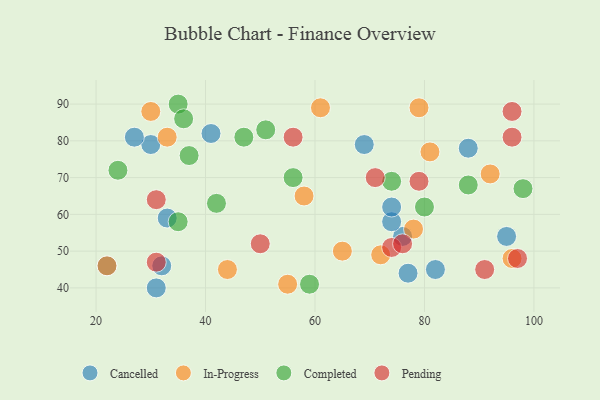
{"axis": {"x": "GDP", "y": "Life Expectancy"}, "legend": ["Cancelled", "Completed", "In-Progress", "Pending"], "data": [{"x": "88", "y": 78, "type": "Cancelled"}, {"x": "41", "y": 82, "type": "Cancelled"}, {"x": "77", "y": 44, "type": "Cancelled"}, {"x": "31", "y": 40, "type": "Cancelled"}, {"x": "76", "y": 54, "type": "Cancelled"}, {"x": "74", "y": 58, "type": "Cancelled"}, {"x": "74", "y": 62, "type": "Cancelled"}, {"x": "69", "y": 79, "type": "Cancelled"}, {"x": "95", "y": 54, "type": "Cancelled"}, {"x": "22", "y": 46, "type": "Cancelled"}, {"x": "32", "y": 46, "type": "Cancelled"}, {"x": "82", "y": 45, "type": "Cancelled"}, {"x": "33", "y": 59, "type": "Cancelled"}, {"x": "30", "y": 79, "type": "Cancelled"}, {"x": "27", "y": 81, "type": "Cancelled"}, {"x": "78", "y": 56, "type": "In-Progress"}, {"x": "55", "y": 41, "type": "In-Progress"}, {"x": "44", "y": 45, "type": "In-Progress"}, {"x": "33", "y": 81, "type": "In-Progress"}, {"x": "65", "y": 50, "type": "In-Progress"}, {"x": "79", "y": 89, "type": "In-Progress"}, {"x": "61", "y": 89, "type": "In-Progress"}, {"x": "72", "y": 49, "type": "In-Progress"}, {"x": "81", "y": 77, "type": "In-Progress"}, {"x": "96", "y": 48, "type": "In-Progress"}, {"x": "58", "y": 65, "type": "In-Progress"}, {"x": "92", "y": 71, "type": "In-Progress"}, {"x": "22", "y": 46, "type": "In-Progress"}, {"x": "30", "y": 88, "type": "In-Progress"}, {"x": "59", "y": 41, "type": "Completed"}, {"x": "37", "y": 76, "type": "Completed"}, {"x": "98", "y": 67, "type": "Completed"}, {"x": "74", "y": 69, "type": "Completed"}, {"x": "47", "y": 81, "type": "Completed"}, {"x": "56", "y": 70, "type": "Completed"}, {"x": "24", "y": 72, "type": "Completed"}, {"x": "42", "y": 63, "type": "Completed"}, {"x": "35", "y": 90, "type": "Completed"}, {"x": "88", "y": 68, "type": "Completed"}, {"x": "35", "y": 58, "type": "Completed"}, {"x": "51", "y": 83, "type": "Completed"}, {"x": "36", "y": 86, "type": "Completed"}, {"x": "80", "y": 62, "type": "Completed"}, {"x": "74", "y": 51, "type": "Pending"}, {"x": "31", "y": 47, "type": "Pending"}, {"x": "91", "y": 45, "type": "Pending"}, {"x": "97", "y": 48, "type": "Pending"}, {"x": "56", "y": 81, "type": "Pending"}, {"x": "76", "y": 52, "type": "Pending"}, {"x": "96", "y": 81, "type": "Pending"}, {"x": "96", "y": 88, "type": "Pending"}, {"x": "79", "y": 69, "type": "Pending"}, {"x": "31", "y": 64, "type": "Pending"}, {"x": "50", "y": 52, "type": "Pending"}, {"x": "71", "y": 70, "type": "Pending"}]}